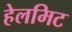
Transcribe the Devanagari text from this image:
हेलमिट